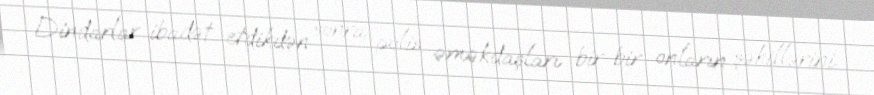
Dindarlar ibadət etdikdən sonra polis əməkdaşları bir-bir onların şəkillərini